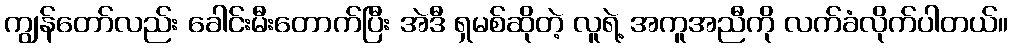
ကျွန်တော်လည်း ခေါင်းမီးတောက်ပြီး အဲဒီ ရှမစ်ဆိုတဲ့ လူရဲ့ အကူအညီကို လက်ခံလိုက်ပါတယ်။